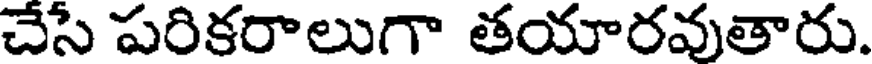
చేసే పరికరాలుగా తయారవుతారు.